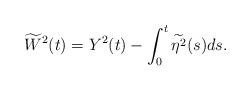
LaTeX: \begin{align*}\widetilde{W}^2(t)=Y^2(t)-\int_0^t\widetilde{\eta^2}(s)ds.\end{align*}